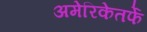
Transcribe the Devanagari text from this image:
अमेरिकेतर्फे